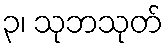
၃၊ သုဘသုတ်